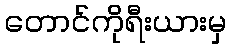
တောင်ကိုရီးယားမှ